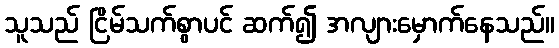
သူသည် ငြိမ်သက်စွာပင် ဆက်၍ အလျားမှောက်နေသည်။